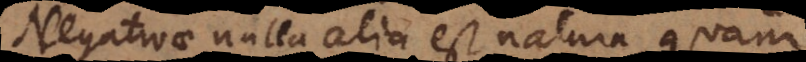
Negativae nulla alia est natura, quam